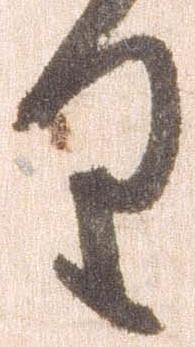
り